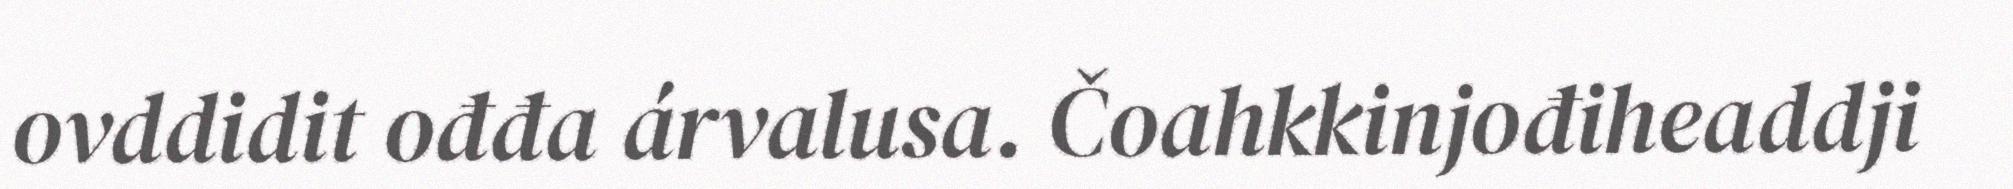
ovddidit ođđa árvalusa. Čoahkkinjođiheaddji